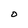
Character: O